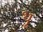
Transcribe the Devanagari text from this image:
थ़्रू